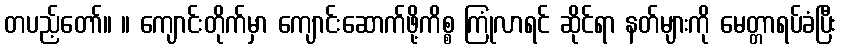
တပည့်တော်။ ။ ကျောင်းတိုက်မှာ ကျောင်းဆောက်ဖို့ကိစ္စ ကြုံလာရင် ဆိုင်ရာ နတ်များကို မေတ္တာရပ်ခံပြီး